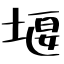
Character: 堰